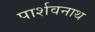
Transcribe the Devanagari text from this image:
पार्शवनाथ